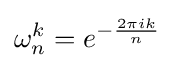
\omega _{n}^{k}=e^{-{\frac {2\pi ik}{n}}}